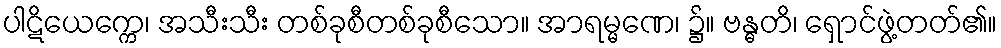
ပါဋိယေက္ကေ၊ အသီးသီး တစ်ခုစီတစ်ခုစီသော။ အာရမ္မဏေ၊ ၌။ ဗန္ဓတိ၊ ရှောင်ဖွဲ့တတ်၏။